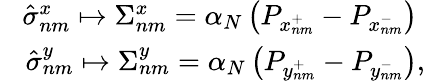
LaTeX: \begin{array}{r}{\phantom{\frac{1}{2}}\hat{\sigma}_{nm}^{x}\mapsto\Sigma_{nm}^{x}=\alpha_{N}\left(P_{x_{nm}^{+}}-P_{x_{nm}^{-}}\right)\phantom{,}}\\ {\phantom{\frac{1}{2}}\hat{\sigma}_{nm}^{y}\mapsto\Sigma_{nm}^{y}=\alpha_{N}\left(P_{y_{nm}^{+}}-P_{y_{nm}^{-}}\right),}\end{array}